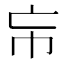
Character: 㠵